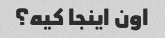
اون اینجا کیه؟